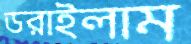
ডরাইলাম